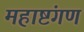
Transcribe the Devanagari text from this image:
महाष्टंगण